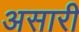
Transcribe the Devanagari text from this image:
असारी